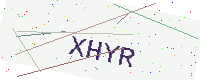
Text: XHYR